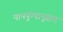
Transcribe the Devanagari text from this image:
पापपुण्यानुसार